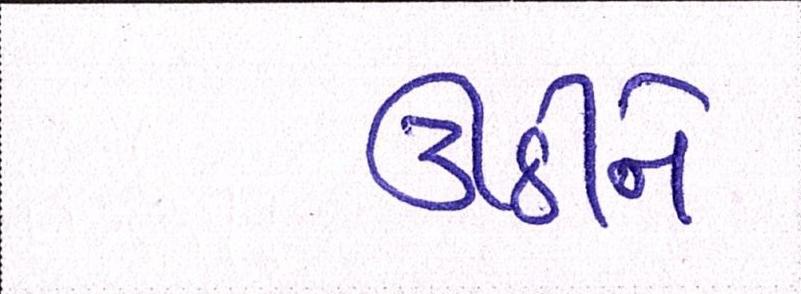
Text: ઊઠીને